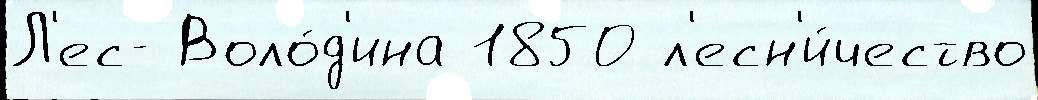
Л'ес- Воло́д'ина 1850 л'есн'и́чество